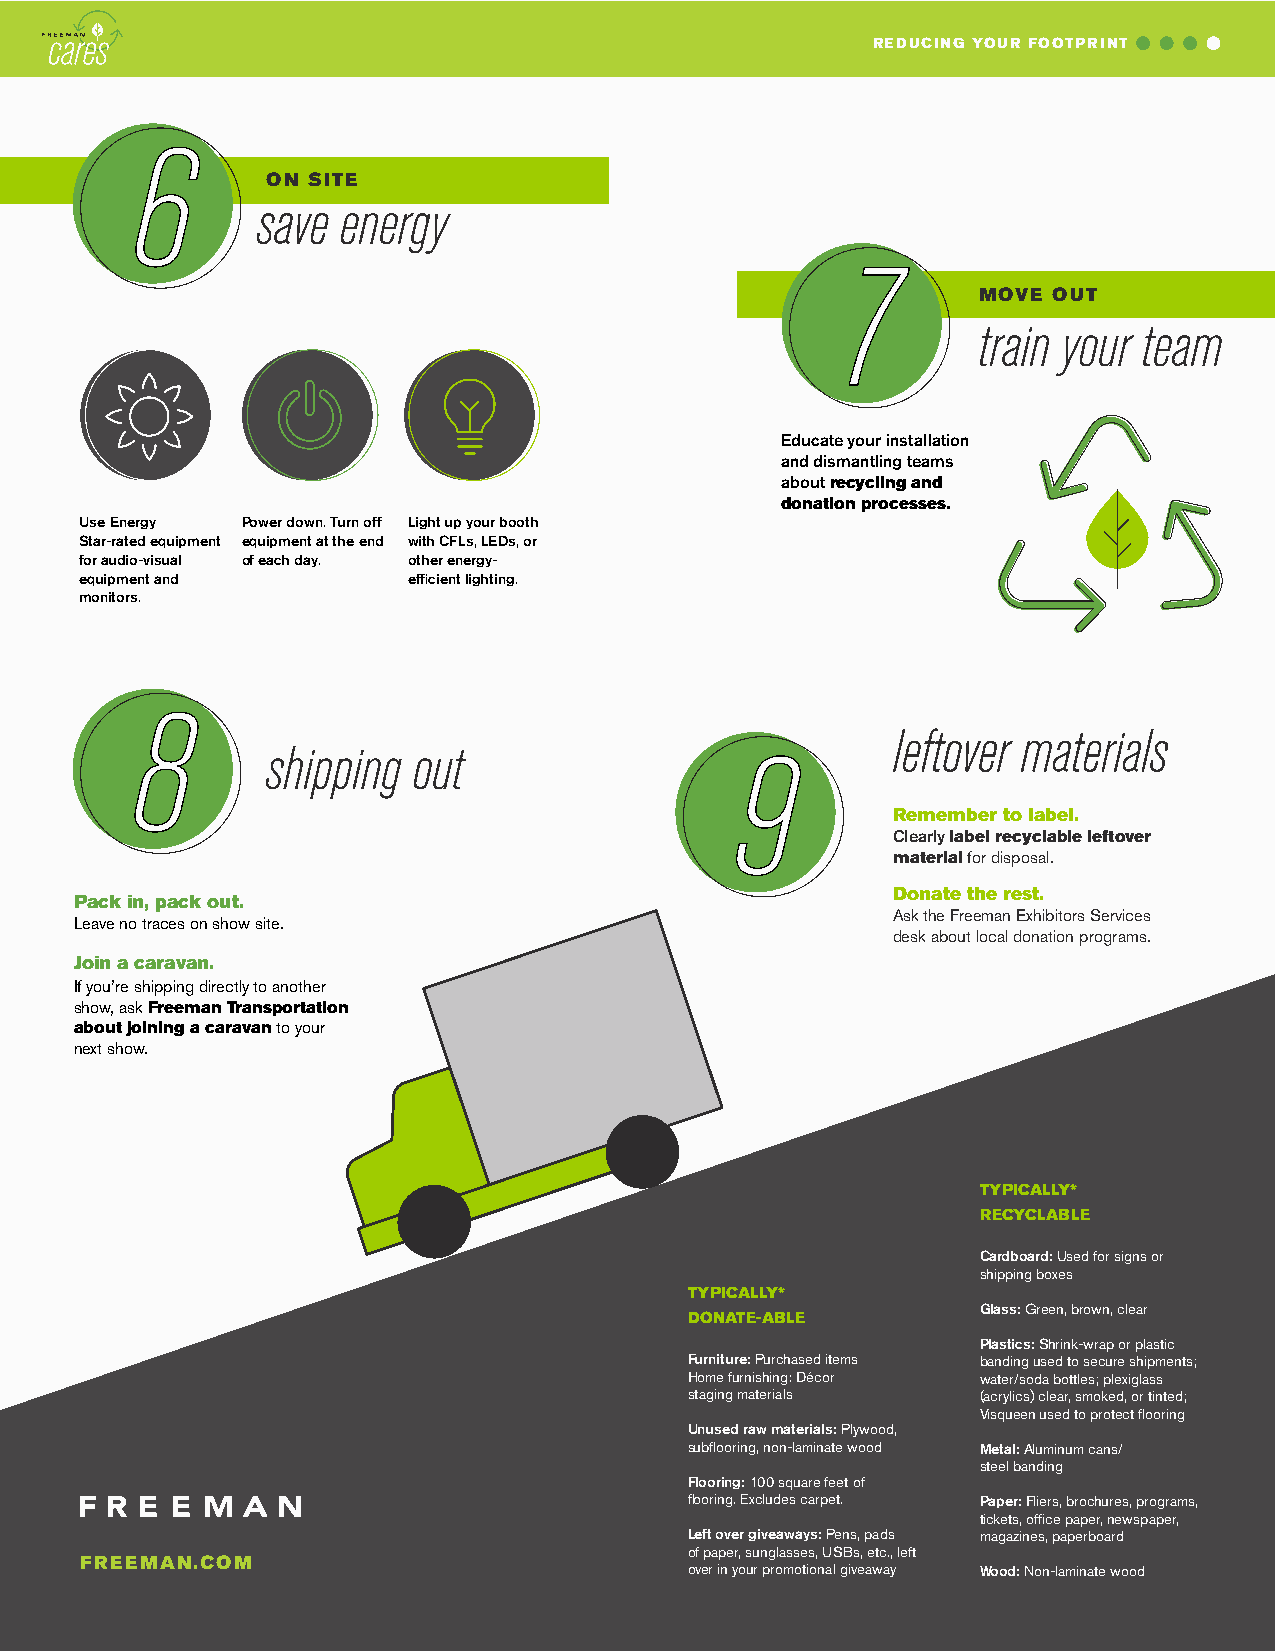
REDUCING YOUR FOOTPRINT
 6
 ON SITE
 save  energy
 7
 MOVE OUT
 train your team
 Educate your installation
 and dismantling teams
 about recycling and
 donation processes.
 Use Energy Power down. Turn off Light up your booth
 Star-rated equipment equipment at the end with CFLs, LEDs, or
 for audio-visual of each day. other energy-
 equipment and         efficient lighting.
 monitors.
 8
 leftover materials
 shipping out                   9
 Remember to label.
 Clearly label recyclable leftover
 material for disposal.
 Donate the rest.
 Pack in, pack out.
 Ask the Freeman Exhibitors Services
 Leave no traces on show site.
 desk about local donation programs.
 Join a caravan.
 If you’re shipping directly to another
 show, ask Freeman Transportation
 about joining a caravan to your
 next show.
 TYPICALLY*
 RECYCLABLE
 Cardboard: Used for signs or
 shipping boxes
 TYPICALLY*
 Glass: Green, brown, clear
 DONATE-ABLE
 Plastics: Shrink-wrap or plastic
 Furniture: Purchased items banding used to secure shipments;
 Home furnishing: Décor water/soda bottles; plexiglass
 staging materials  (acrylics) clear, smoked, or tinted;
 Visqueen used to protect flooring
 Unused raw materials: Plywood,
 subflooring, non-laminate wood Metal: Aluminum cans/
 steel banding
 Flooring: 100 square feet of
 flooring. Excludes carpet. Paper: Fliers, brochures, programs,
 tickets, office paper, newspaper,
 Left over giveaways: Pens, pads magazines, paperboard
 of paper, sunglasses, USBs, etc., left
 FREEMAN.COM
 over in your promotional giveaway Wood: Non-laminate wood